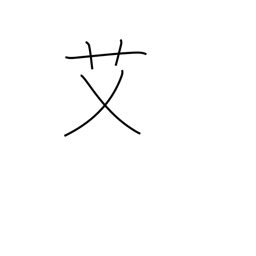
Meaning: wormwood